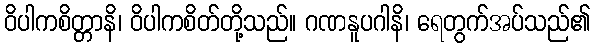
ဝိပါကစိတ္တာနိ၊ ဝိပါကစိတ်တို့သည်။ ဂဏနူပဂါနိ၊ ရေတွက်အပ်သည်၏